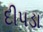
દીપડા